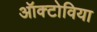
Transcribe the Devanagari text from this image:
ऑक्टोविया